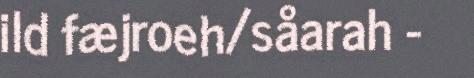
ild fæjroeh/såarah -